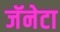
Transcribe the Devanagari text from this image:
जॅनेटा